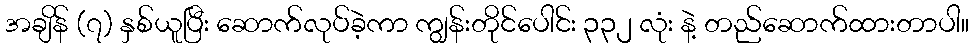
အချိန် (၇) နှစ်ယူပြီး ဆောက်လုပ်ခဲ့ကာ ကျွန်းတိုင်ပေါင်း ၃၃၂ လုံး နဲ့ တည်ဆောက်ထားတာပါ။